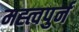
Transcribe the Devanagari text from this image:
मह्त्वपुर्न